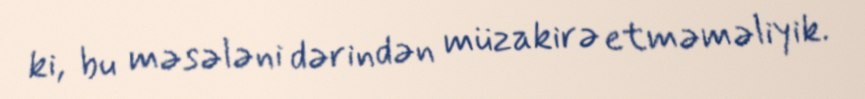
ki, bu məsələni dərindən müzakirə etməməliyik.